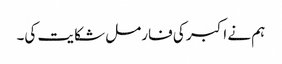
ہم نے اکبر کی فارمل شکایت کی۔